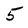
Character: 5